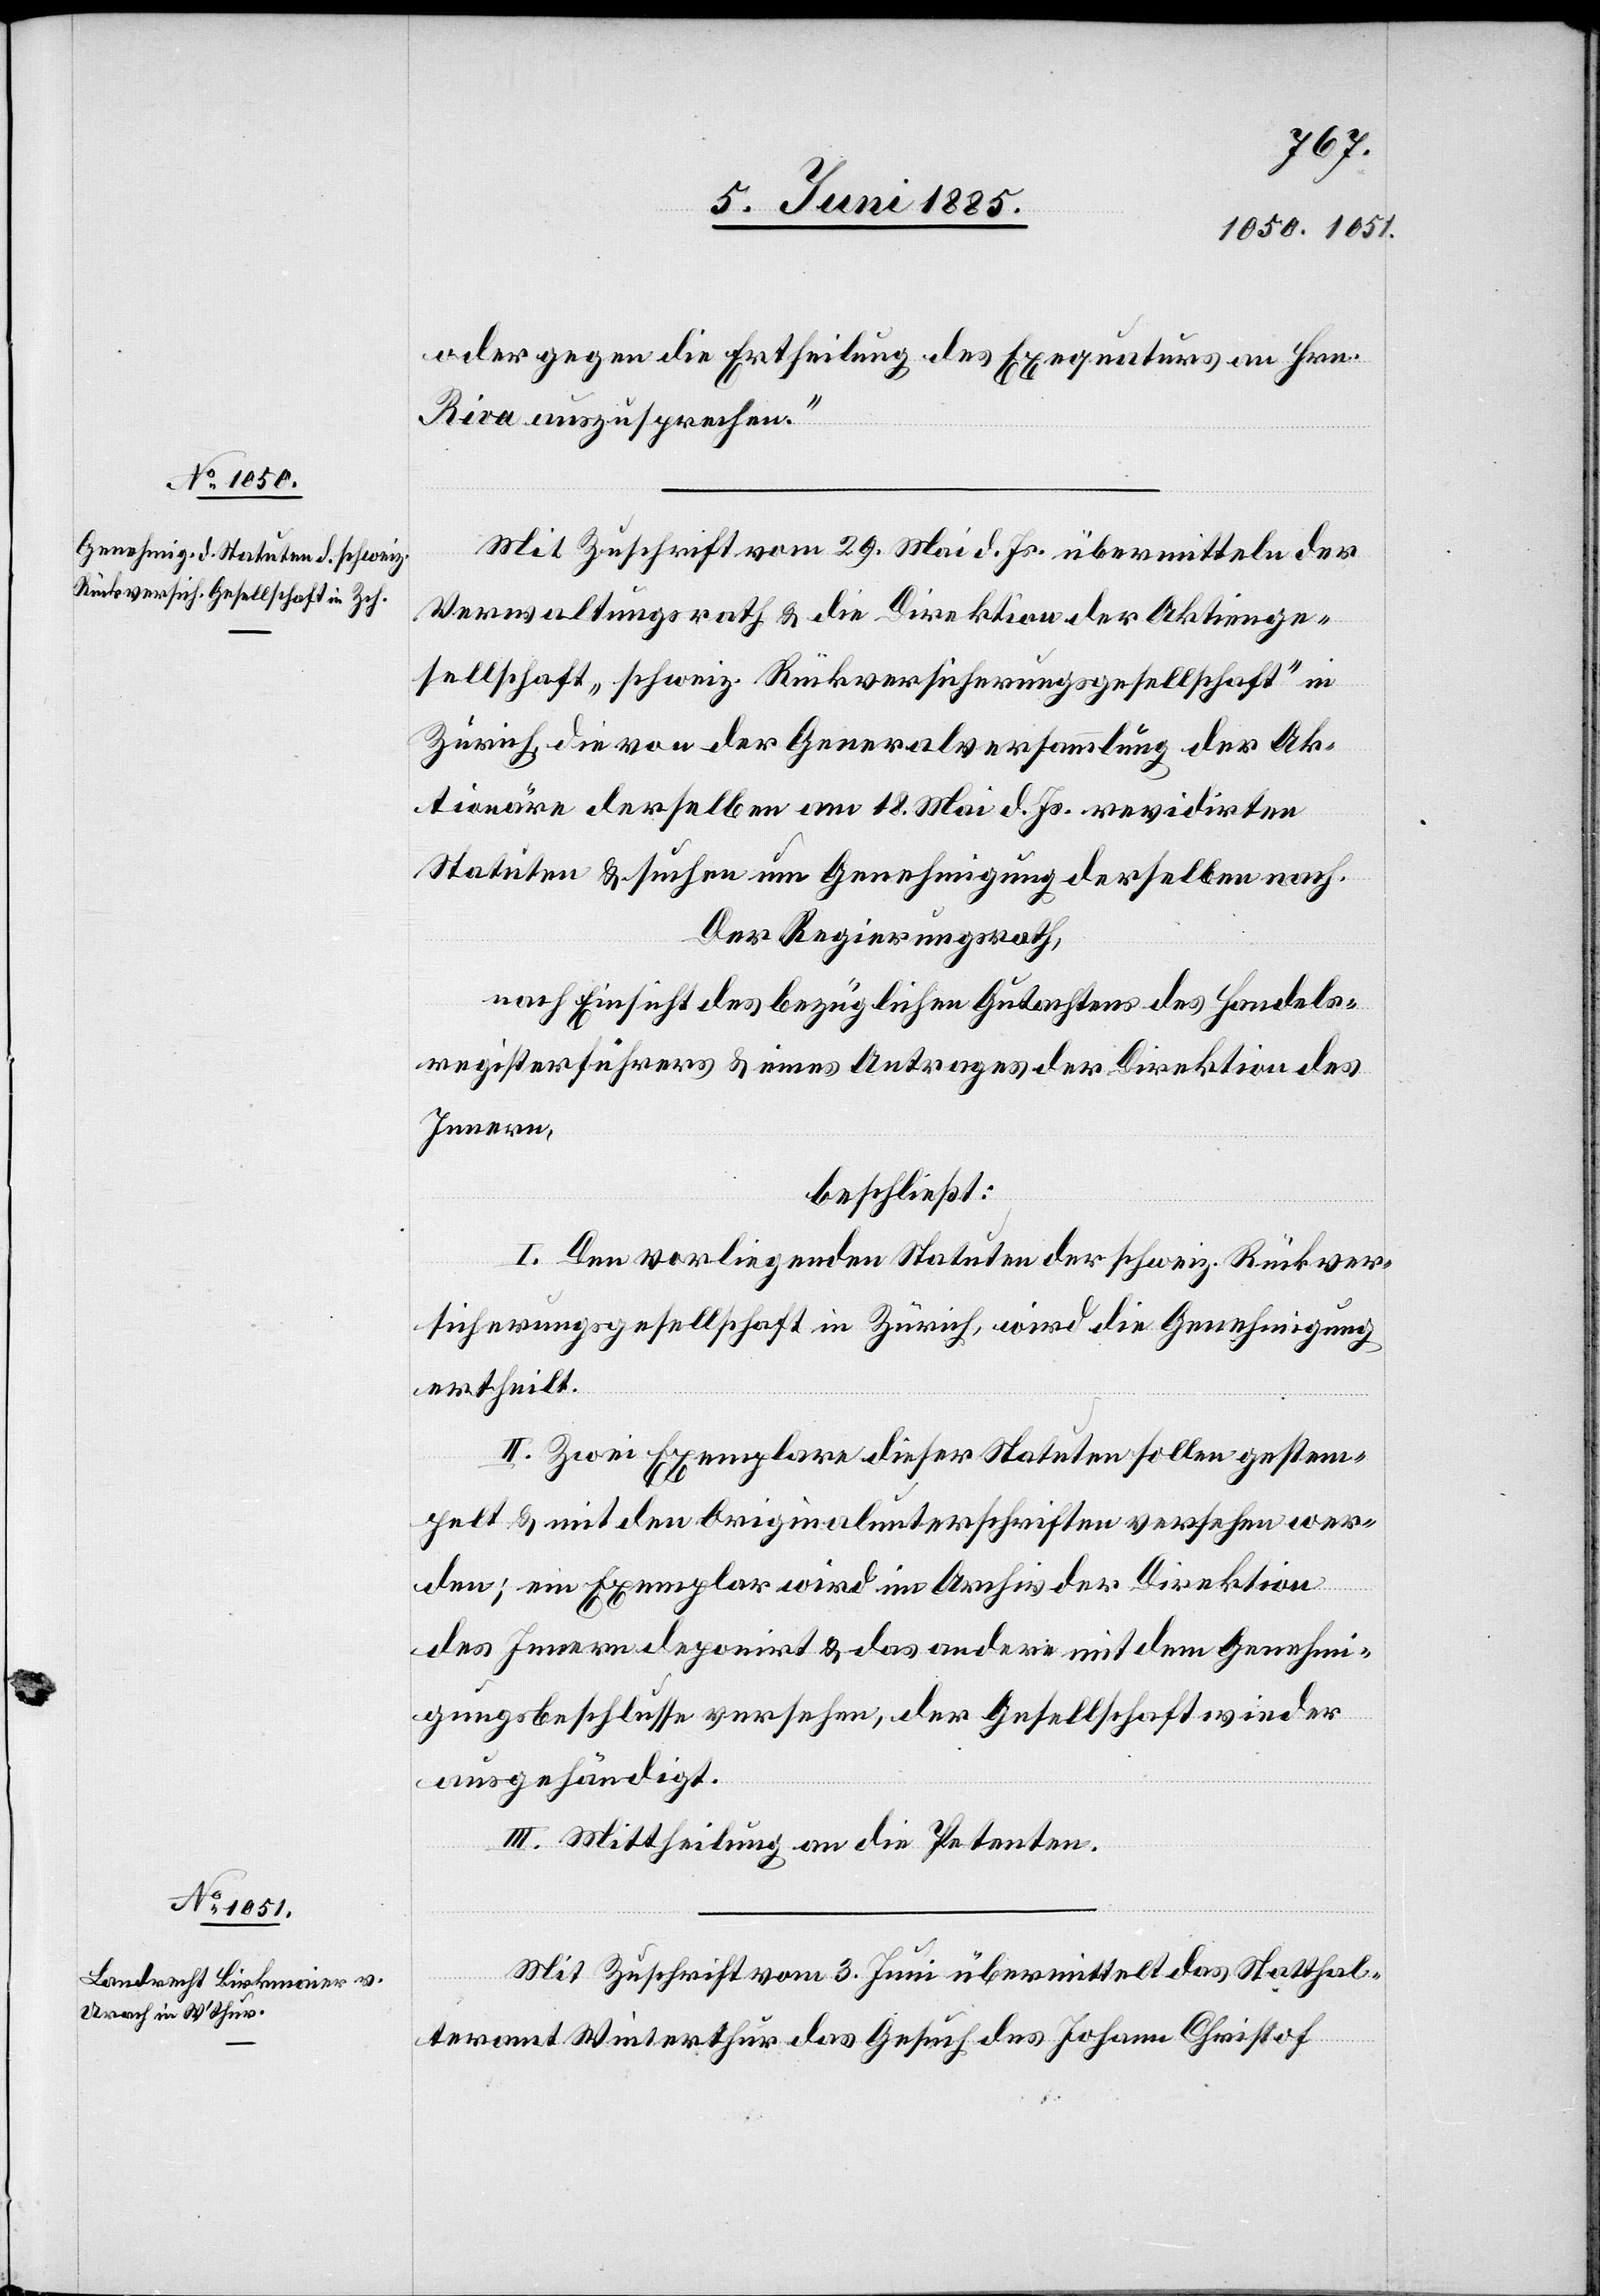
oder gegen die Ertheilung des Exequaturs an Hrn.
Riva auszusprechen.“
Mit Zuschrift vom 29. Mai. d. Js. übermitteln der
Verwaltungsrath & die Direktion der Aktienge¬
sellschaft „Schweiz. Rückversicherungsgesellschaft“ in
Zürich die von der Generalversammlung der Ak¬
tionäre derselben am 18. Mai d. Js. revidirten
Statuten & suchen um Genehmigung derselben nach.
Der Regierungsrath,
Innern,
beschließt:
I. Den vorliegenden Statuten der Schweiz. Rückver¬
sicherungsgesellschaft in Zürich, wird die Genehmigung
ertheilt.
II. Zwei Exemplare dieser Statuten sollen gestem¬
pelt & mit den Originalunterschriften versehen wer¬
den; ein Exemplar wird im Archiv der Direktion
des Innern deponirt & das andere mit dem Genehmi¬
gungsbeschlusse versehen der Gesellschaft wieder
ausgehändigt.
III. Mittheilung an die Petenten.
Mit Zuschrift vom 3. Juni übermittelt das Statthal¬
teramt Winterthur das Gesuch des Johann Christof